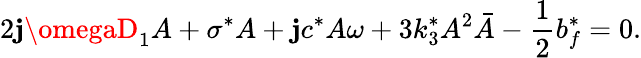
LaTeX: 2\mathbf{j}\omegaD_{1}A+\sigma^{*}A+\mathbf{j}c^{*}A\omega+3k_{3}^{*}A^{2}\bar{{A}}-\frac{{1}}{{2}}b_{f}^{*}=0.